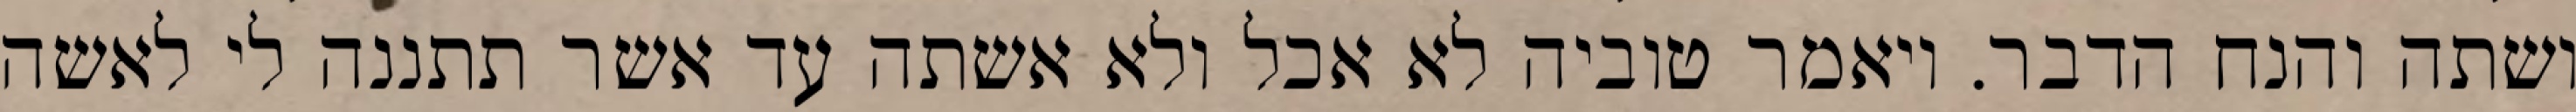
ושתה והנח הדבר. ויאמר טוביה לא אכל ולא אשתה עד אשר תתננה לי לאשה